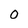
Character: 0